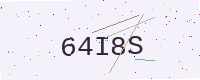
Text: 64I8S